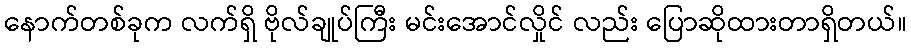
နောက်တစ်ခုက လက်ရှိ ဗိုလ်ချုပ်ကြီး မင်းအောင်လှိုင် လည်း ပြောဆိုထားတာရှိတယ်။